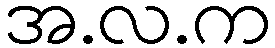
အ.လ.က